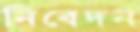
নিবেদন